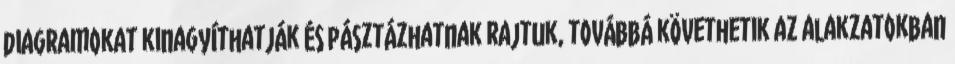
diagramokat kinagyíthatják és pásztázhatnak rajtuk, továbbá követhetik az alakzatokban